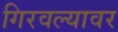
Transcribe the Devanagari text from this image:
गिरवल्यावर